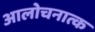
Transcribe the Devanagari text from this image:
आलोचनात्क